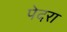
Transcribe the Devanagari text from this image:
पेदरा